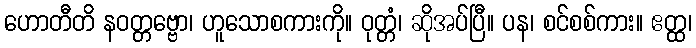
ဟောတီတိ နဝတ္တဗ္ဗော၊ ဟူသောစကားကို။ ဝုတ္တံ၊ ဆိုအပ်ပြီ။ ပန၊ စင်စစ်ကား။ ဧတ္ထ၊